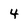
Character: 4